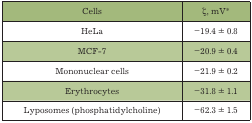
| Cells | ζ, mV* |
 | --- | --- |
 | HeLa | –19.4 ± 0.8 |
 | MCF-7 | –20.9 ± 0.4 |
 | Mononuclear cells | –21.9 ± 0.2 |
 | Erythrocytes | –31.8 ± 1.1 |
 | Lyposomes (phosphatidylcholine) | –62.3 ± 1.5 |